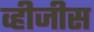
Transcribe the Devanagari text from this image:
व्हीजीस